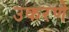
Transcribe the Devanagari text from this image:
उकरणे